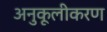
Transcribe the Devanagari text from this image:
अनुकूलीकरण